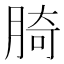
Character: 䐀